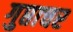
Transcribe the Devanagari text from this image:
गुप्ताचर